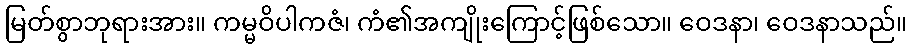
မြတ်စွာဘုရားအား။ ကမ္မဝိပါကဇံ၊ ကံ၏အကျိုးကြောင့်ဖြစ်သော။ ဝေဒနာ၊ ဝေဒနာသည်။